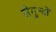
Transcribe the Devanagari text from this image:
सेगुन्दो